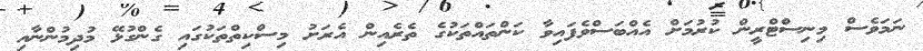
ނަމަވެސް މިނިސްޓްރީން ކުރުމަށް އެއްބަސްވެފައިވާ ކަންތައްތަކުގެ ތެރެއިން އެރަށު މިސްކިތްތަކުގައި ގެންގުޅޭ މުދިމުންނާއި